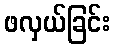
ဖလှယ်ခြင်း